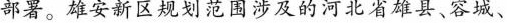
部署。雄安新区规划范围涉及的河北省雄县、容城、